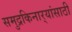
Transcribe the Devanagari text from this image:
समुद्रकिनार्‍यांसाठी